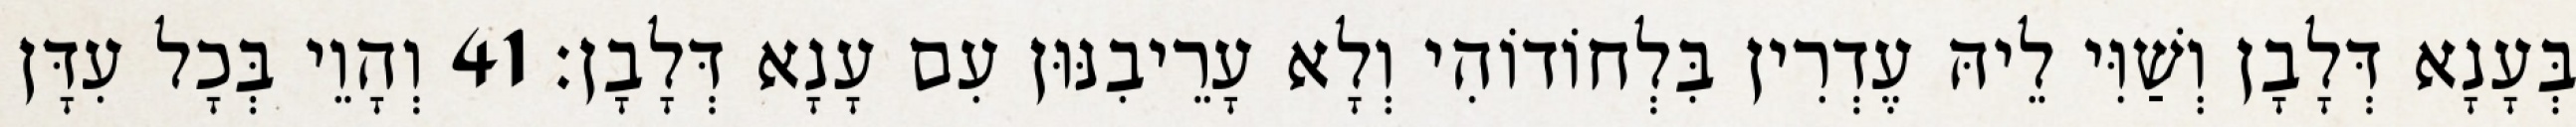
בְּעָנָא דְּלָבָן וְשַׁוִּי לֵיהּ עֶדְרִין בִּלְחוֹדוֹהִי וְלָא עָרֵיבִנּוּן עִם עָנָא דְּלָבָן׃ 41 וְהָוֵי בְּכָל עִדָּן